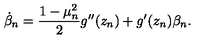
\dot { \beta } _ { n } = \frac { 1 - \mu _ { n } ^ { 2 } } { 2 } g ^ { \prime \prime } ( z _ { n } ) + g ^ { \prime } ( z _ { n } ) \beta _ { n } .